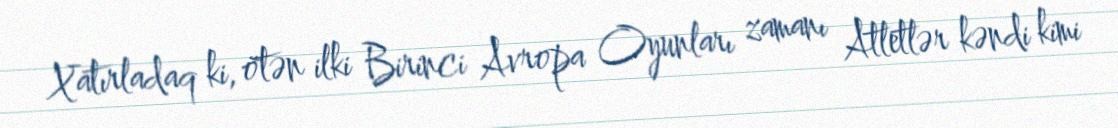
Xatırladaq ki, ötən ilki Birinci Avropa Oyunları zamanı Atletlər kəndi kimi